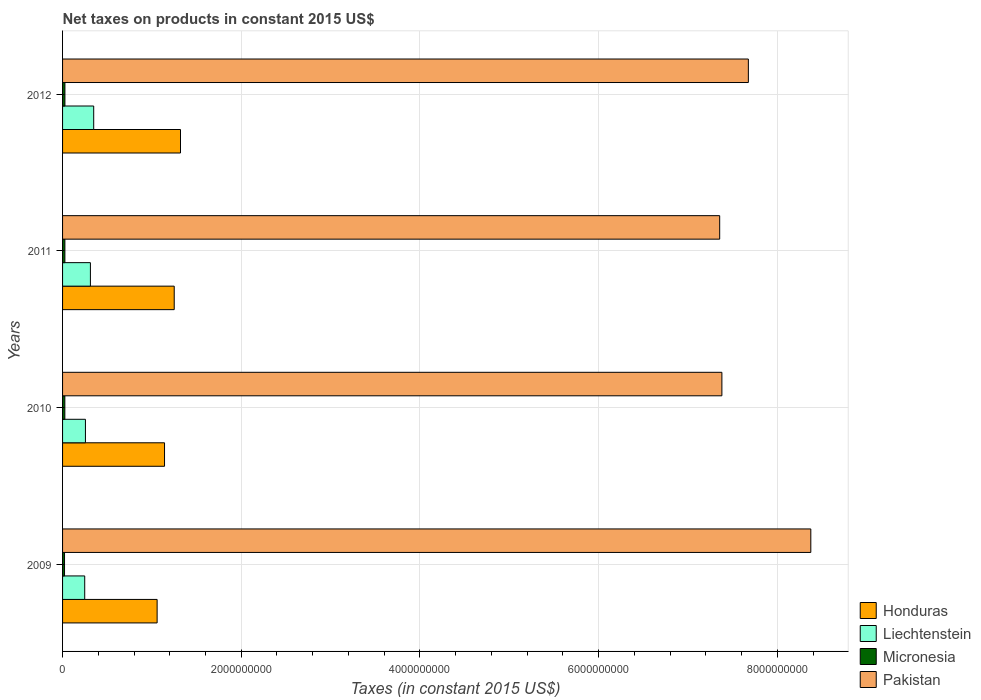
| Years | Honduras | Liechtenstein | Micronesia | Pakistan |
 | --- | --- | --- | --- | --- |
 | 2009 | 1.06e+09 | 2.48e+08 | 2.2e+07 | 8.38e+09 |
 | 2010 | 1.14e+09 | 2.56e+08 | 2.54e+07 | 7.38e+09 |
 | 2011 | 1.25e+09 | 3.12e+08 | 2.6e+07 | 7.36e+09 |
 | 2012 | 1.32e+09 | 3.49e+08 | 2.63e+07 | 7.68e+09 |